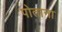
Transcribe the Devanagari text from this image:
पोताना